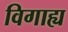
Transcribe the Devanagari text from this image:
विगाह्य